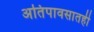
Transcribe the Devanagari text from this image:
अतिपावसातही